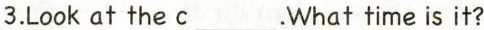
3.Look at the c ___ .What time is it?